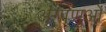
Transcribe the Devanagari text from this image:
अंगाणुओं